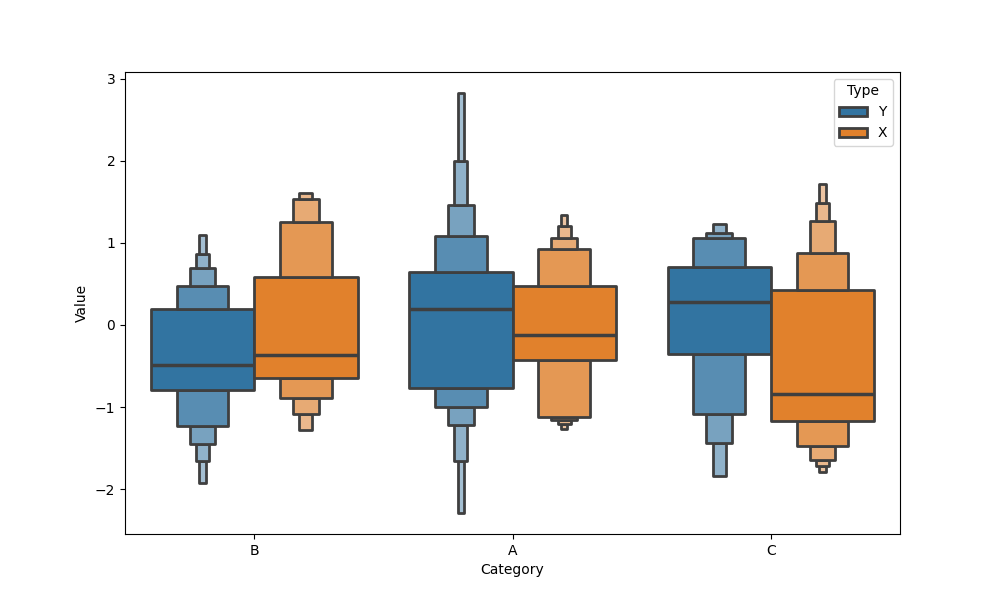
python, seaborn, boxenplot, k_depth='full', linewidth=2, scale='exponential', outlier_prop=0.1, showfliers=False